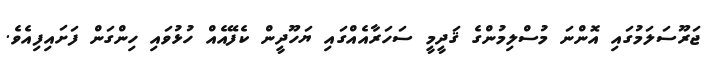
ޖަރޫސަލަމުގައި އޮންނަ މުސްލިމުންގެ ޤަދީމީ ސަހަރާއެއްގައި ޔަހޫދީން ކެފޭއެއް ހުޅުވައި ހިންގަން ފަށައިފިއެވެ.